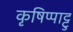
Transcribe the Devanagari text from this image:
कृषिप्पाट्टु